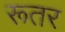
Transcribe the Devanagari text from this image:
रूतर